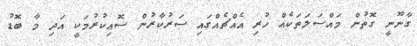
ގާނޫނީ ގޮތުން މައްސަލަތަކެއް ހުރި އެއްޗެއްގައި ސަރުކާރުން ސޮއިކުރުމަކީ އަދި މާ ބޮޑު